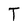
Character: T